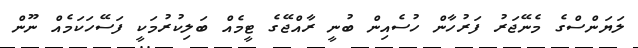
ލަޔަންސްގެ މެނޭޖަރު ފަރުހާން ހުސެއިން ބުނީ ރާއްޖޭގެ ޓީމެއް ބަލިކުރުމަކީ ފަސޭހަކަމެއް ނޫން